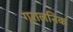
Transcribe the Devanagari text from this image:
गुरालनिक